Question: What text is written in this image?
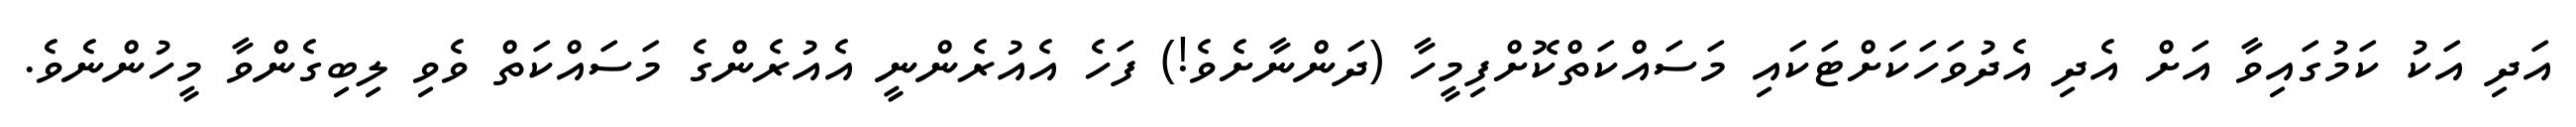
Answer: އަދި އަކު ކަމުގައިވާ އަށް އެދި އެދުވަހަކަށްޓަކައި މަސައްކަތްކޮށްފިމީހާ (ދަންނާށެވެ!) ފަހެ އެއުރެންނީ އެއުރެންގެ މަސައްކަތް ވެވި ލިބިގެންވާ މީހުންނެވެ.